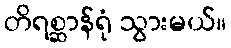
တိရစ္ဆာန်ရုံ သွားမယ်။